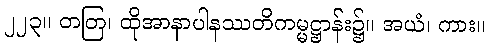
၂၂၃။ တတြ၊ ထိုအာနာပါနဿတိကမ္မဋ္ဌာန်း၌။ အယံ၊ ကား။